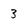
Character: 3